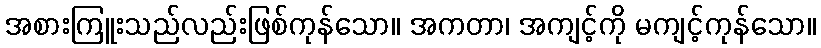
အစားကြူးသည်လည်းဖြစ်ကုန်သော။ အကတာ၊ အကျင့်ကို မကျင့်ကုန်သော။